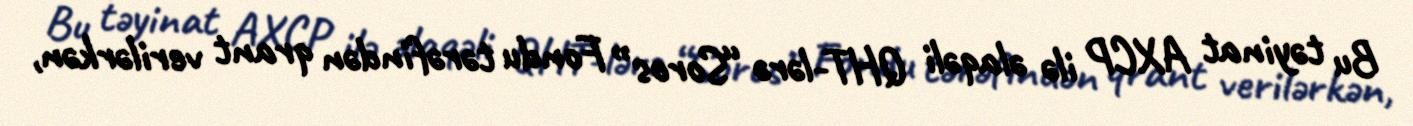
Bu təyinat AXCP ilə əlaqəli QHT-lərə “Soros” Fondu tərəfindən qrant verilərkən,